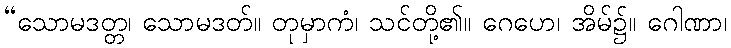
“သောမဒတ္တ၊ သောမဒတ်။ တုမှာကံ၊ သင်တို့၏။ ဂေဟေ၊ အိမ်၌။ ဂေါဏာ၊